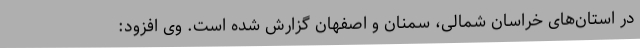
در استان‌های خراسان شمالی، سمنان و اصفهان گزارش شده است. وی افزود: